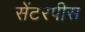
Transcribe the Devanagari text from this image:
सेंटरपीस